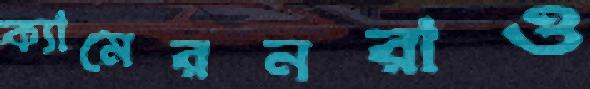
ক্যামেরনরাও